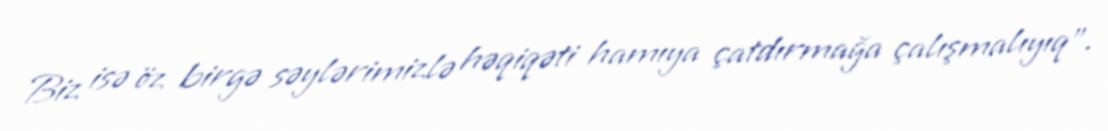
Biz isə öz birgə səylərimizlə həqiqəti hamıya çatdırmağa çalışmalıyıq”.